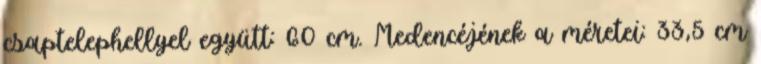
csaptelephellyel együtt: 60 cm. Medencéjének a méretei: 33,5 cm